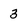
Character: 3